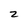
Character: z